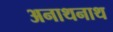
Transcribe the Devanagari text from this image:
अनाथनाथ